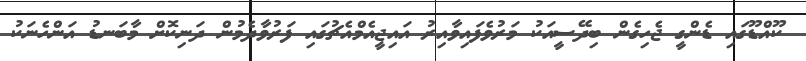
ކޫއްޑޫގައި ޑެންގީ ޖެހިގެން ބިދޭސީއަކު މަރުވެފައިވާއިރު އައިޖީއެމްއެޗުގައި ފަރުވާދެމުން ދަނިކޮށް މާބަނޑު އަންހެނަކު